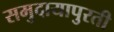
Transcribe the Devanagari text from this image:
समुदायापुरती